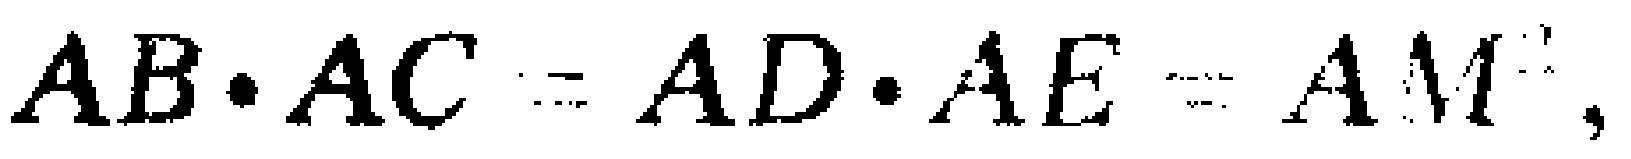
$AB\cdot AC = AD\cdot AE = AM^{2},$